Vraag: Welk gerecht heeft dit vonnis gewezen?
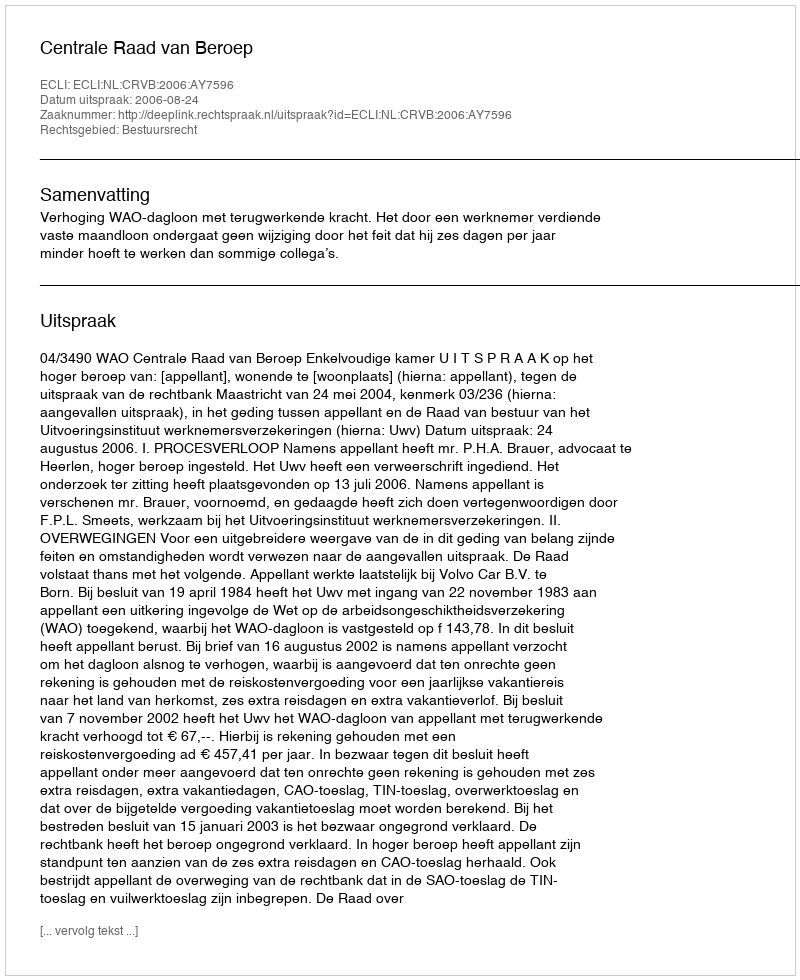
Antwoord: Centrale Raad van Beroep